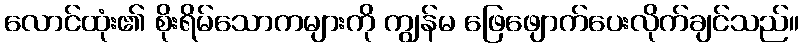
လောင်ထုံး၏ စိုးရိမ်သောကများကို ကျွန်မ ဖြေဖျောက်ပေးလိုက်ချင်သည်။